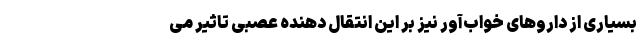
بسیاری از داروهای خواب‌آور نیز بر این انتقال دهنده عصبی تاثیر می